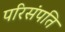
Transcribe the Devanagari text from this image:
परिसंपति